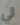
لي